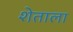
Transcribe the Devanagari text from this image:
शेताला